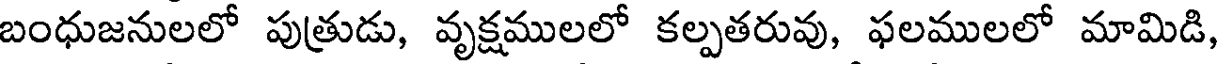
బంధుజనులలో పుత్రుడు, వృక్షములలో కల్పతరువు, ఫలములలో మామిడి,